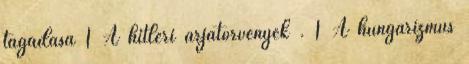
tagadása 1 A hitleri árjatörvények . 1 A hungarizmus